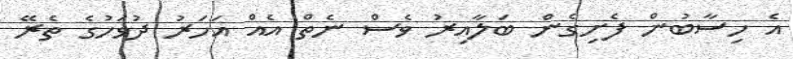
އެ ހިސާބުން ފެށިގެން ބަލާއިރު ވެސް ނެތް އެއް އަހަރު ދުވަހުގެ ތެރޭ